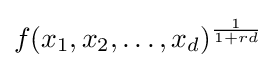
f(x_{1},x_{2},\ldots ,x_{d})^{\frac {1}{1+rd}}